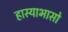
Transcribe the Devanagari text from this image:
हास्याभासो